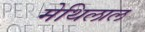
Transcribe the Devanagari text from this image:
मेथिलाल